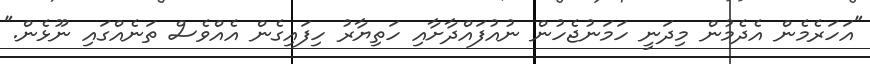
"އަހަރެމެން އެދެމުން މިދަނީ ހަމަނުޖެހުން ނުއުފައްދާށާއި ހަތިޔާރު ހިފައިގެން އެއްވެސް ތަނެއްގައި ނޫޅެން."